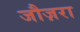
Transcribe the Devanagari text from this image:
जौज़रा